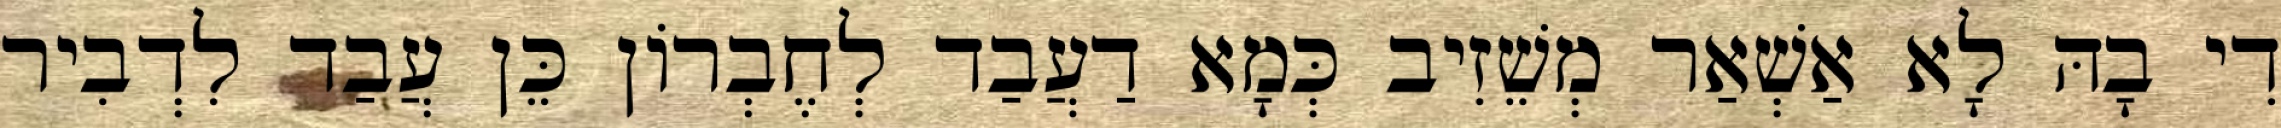
דִי בָהּ לָא אַשְׁאַר מְשֵׁזִיב כְּמָא דַעֲבַד לְחֶבְרוֹן כֵּן עֲבַד לִדְבִיר